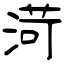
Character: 渮